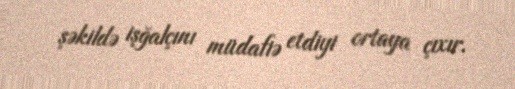
şəkildə işğalçını müdafiə etdiyi ortaya çıxır.